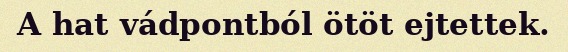
A hat vádpontból ötöt ejtettek.